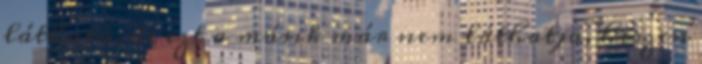
látható, de ezt a másik már nem láthatja, hiszen